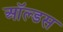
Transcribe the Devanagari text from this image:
ऑल्डस